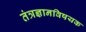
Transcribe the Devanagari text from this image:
तंत्रज्ञानविषयक